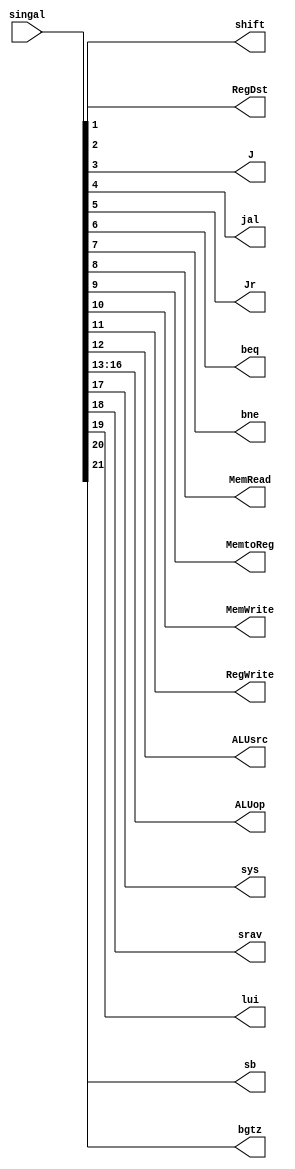
`timescale 1ns / 1ps
//////////////////////////////////////////////////////////////////////////////////
// Company: 
// Engineer: 
// 
// Design Name: 
// Module Name: singal2
// Project Name: 
// Target Devices: 
// Tool Versions: 
// Description: 
// 
// Dependencies: 
// 
// Revision:
// Revision 0.01 - File Created
// Additional Comments:
// 
//////////////////////////////////////////////////////////////////////////////////


module singal2(
    input[31:0] singal,
    output RegDst,
    output shift,
    output J,
    output jal,
    output Jr,
    output beq,
    output bne,
    output MemRead,
    output MemtoReg,
    output MemWrite,
    output RegWrite,
    output ALUsrc,
    output [3:0]ALUop,
    output sys,
    output srav,
    output lui,
    output sb,
    output bgtz
    );
    assign  
            RegDst = singal[1],
            shift = singal[2],
            J = singal[3],
            jal = singal[4],
            Jr = singal[5],
            beq = singal[6],
            bne = singal[7],
            MemRead = singal[8],
            MemtoReg = singal[9],
            MemWrite = singal[10],
            RegWrite = singal[11],
            ALUsrc = singal[12],
            ALUop[0] = singal[13],
            ALUop[1] = singal[14],
            ALUop[2] = singal[15],
            ALUop[3] = singal[16],
            sys = singal[17],
            srav = singal[18],
            lui = singal[19],
            sb = singal[20],
            bgtz = singal[21];    
endmodule